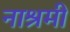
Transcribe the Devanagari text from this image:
नाश्रमी